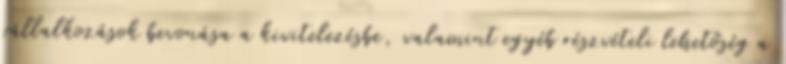
vállalkozások bevonása a kivitelezésbe, valamint egyéb részvételi lehetőség a